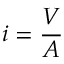
i = { \frac { V } { A } }